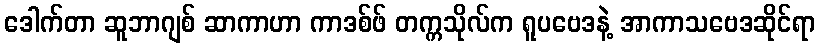
ဒေါက်တာ ဆူဘာဂျစ် ဆာကာဟာ ကာဒစ်ဖ် တက္ကသိုလ်က ရူပဗေဒနဲ့ အာကာသဗေဒဆိုင်ရာ